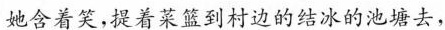
她含着笑，提着菜篮到村边的结冰的池塘去，